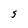
Character: S